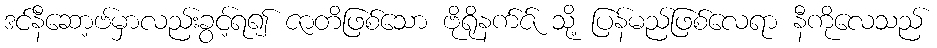
ဒင်နီဆော့ဗ်မှာလည်းခွင့်ရ၍ ဇာတိဖြစ်သော ဗိုရိုနက်ဇ် သို့ ပြန်မည်ဖြစ်လေရာ နီကိုလေသည်